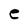
Character: e